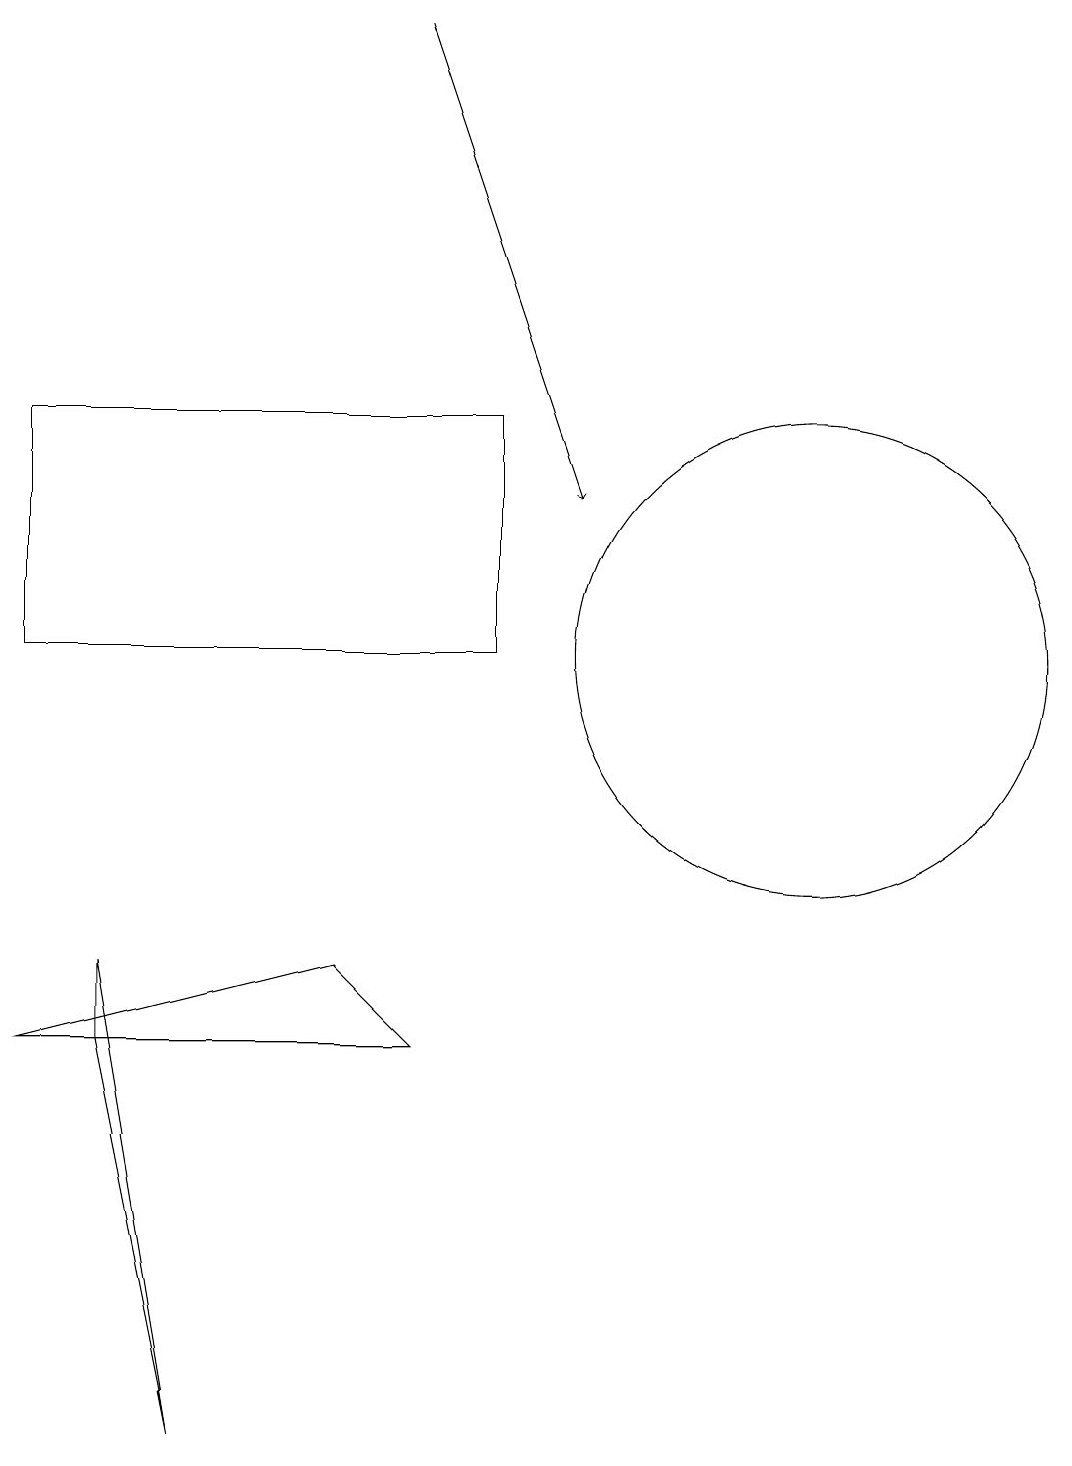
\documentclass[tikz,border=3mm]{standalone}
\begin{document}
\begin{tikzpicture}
\draw (5,7) -- (1,6) -- (6,6) -- cycle;
\draw (1,11) rectangle (7,14);
\draw (11,11) circle (3);
\draw (3,1) -- (2,6) -- (2,7) -- cycle;
\draw (11,11) circle (0);
\draw[->] (6,19) -- (8,13);
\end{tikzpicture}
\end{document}